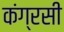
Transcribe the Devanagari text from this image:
कंग्रसी